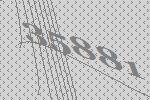
35881